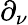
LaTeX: \partial_{\nu}